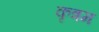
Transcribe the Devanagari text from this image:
कृत्रम